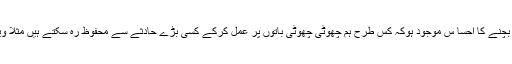
اس کے علاوہ لازمی ہے کہ لوگوں میں خود کو مختلف بیماریوں اور حادثات سے بچنے کا احسا س موجود ہوکہ کس طرح ہم چھوٹی چھوٹی باتوں پر عمل کرکے کسی بڑے حادثے سے محفوظ رہ سکتے ہیں مثلاََ ویکسینیشن کے ذریعے ، سیٹ بیلٹ باندھ کر کسی بڑے حادثے سے بچ سکتے ہیں ۔